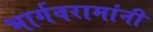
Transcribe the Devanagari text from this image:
भार्गवरामांनी